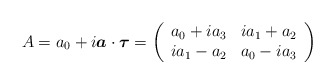
\begin{align*}A=a_0+i\mbox{\boldmath$a$}\cdot \mbox{\boldmath$\tau$}=\left(\begin{array}{cc}a_0+ia_3 & ia_1+a_2 \\ia_1-a_2 & a_0-ia_3\end{array}\right)\end{align*}